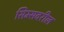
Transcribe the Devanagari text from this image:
सिम्सवरील